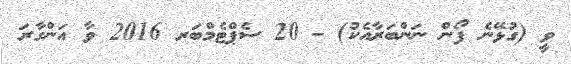
ވީ (ގުޅޭނެ ފޯން ނަންބަރާއެކު) - 20 ސެޕްޓެމްބަރ 2016 ވާ އަންގާރަ